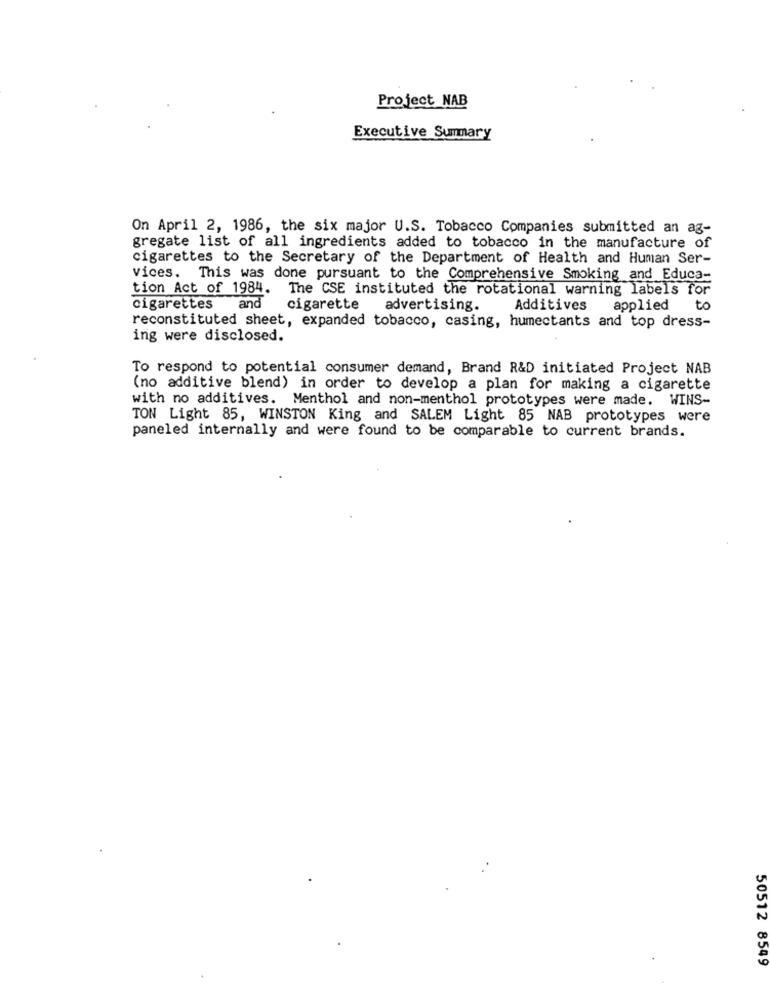
Project NAB
Executive Summary
On April 2, 1986, the six major U.S. Tobacco Companies submitted an ag-
gregate list of all ingredients added to tobacco in the manufacture of
cigarettes to the Secretary of the Department of Health and Human Ser-
vices. This was done pursuant to the Comprehensive Smoking and Educa-
tion Act of 1984. The CSE instituted the rotational warning labels for
cigarettes
and
cigarette advertising.
Additives
applied
to
reconstituted sheet, expanded tobacco, casing, humectants and top dress-
ing were disclosed.
To respond to potential consumer demand, Brand R&D initiated Project NAB
(no additive blend) in order to develop a plan for making a cigarette
with no additives. Menthol and non-menthol prototypes were made. WINS-
TON Light 85, WINSTON King and SALEM Light 85 NAB prototypes were
paneled internally and were found to be comparable to current brands.
50512 8549